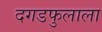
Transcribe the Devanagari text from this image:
दगडफुलाला